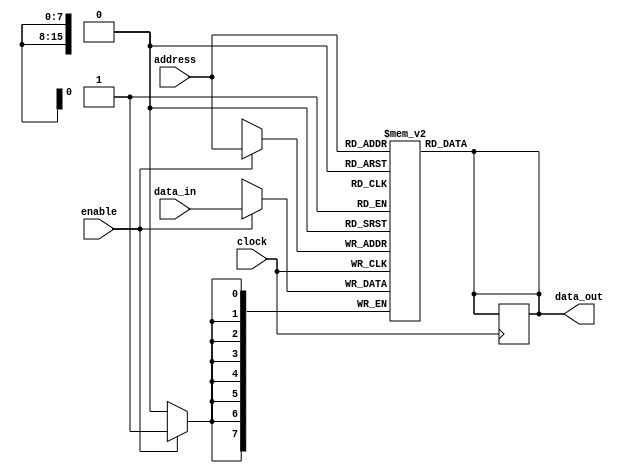
module memory_blocks_eprom(
    input wire clock,
    input wire enable,
    input wire [15:0] address,
    input wire [7:0] data_in,
    output reg [7:0] data_out
);

// Memory Array
reg [7:0] memory_array [0:65535];

// Address Decoder Logic
always @ (posedge clock)
begin
    if (enable)
        data_out <= memory_array[address];
end

// Control Interface for Programming and Erasing Data
always @ (posedge clock)
begin
    if (enable)
        memory_array[address] <= data_in;
end

// Data Output Interface
assign data_out = memory_array[address];

// Error Correction Codes and Redundancy Schemes
// Add code for error correction and redundancy here

endmodule